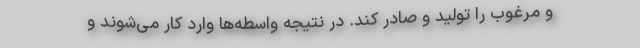
و مرغوب را تولید و صادر کند. در نتیجه واسطه‌ها وارد کار می‌شوند و